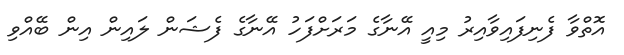
އޮތްވާ ފެނިފައިވާއިރު މިއީ އޭނާގެ މަރަށްފަހު އޭނާގެ ފެޝަން ލައިން އިން ބޭއްވި